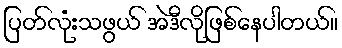
ပြတ်လုံးသဖွယ် အဲဒီလိုဖြစ်နေပါတယ်။